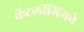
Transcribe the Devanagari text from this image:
कॅटलॉगिंगचे